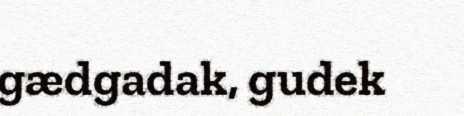
gædgadak, gudek